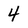
Character: 4